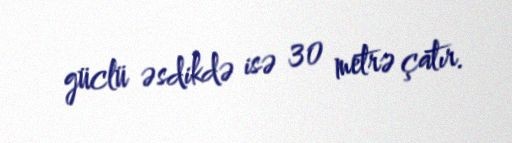
güclü əsdikdə isə 30 metrə çatır.